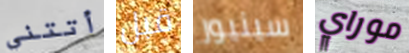
أتتني قبل سينيور موراي